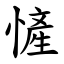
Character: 㦃